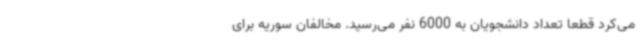
می‌کرد قطعاً تعداد دانشجویان به 6000 نفر می‌رسید. مخالفان سوریه برای